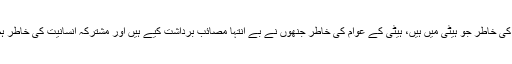
مسٹر اوباما نے مزید کہا کہ اپنے اُن شہریوں کی خاطر جو ہیٹی میں ہیں، ہیٹی کے عوام کی خاطر جنھوں نے بے انتہا مصائب برداشت کیے ہیں اور مشترکہ انسانیت کی خاطر ہم اپنے ہیٹی کے بھائیوں کے ساتھ کھڑے ہیں۔